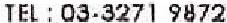
TEL : 03-3271 9872